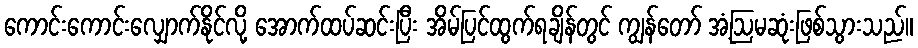
ကောင်းကောင်းလျှောက်နိုင်လို့ အောက်ထပ်ဆင်းပြီး အိမ်ပြင်ထွက်ရချိန်တွင် ကျွန်တော် အံ့ဩမဆုံးဖြစ်သွားသည်။